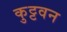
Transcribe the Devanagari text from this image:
कुट्टवन